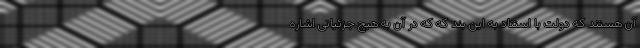
آن هستند که دولت با استناد به این بند که که در آن به هیچ جزئیاتی اشاره